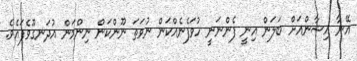
އޭނާ އިޝާންއަށް ބަލަން އިނީ ފެންނަނީ ހުވަފެނެއްކަން ނުވަތަ ނޫންކަން ނިންމަން އުދަނގޫވެފައެވެ.